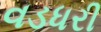
વડધરી